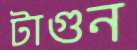
টাগুন